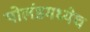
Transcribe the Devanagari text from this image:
पोलंडमध्येच